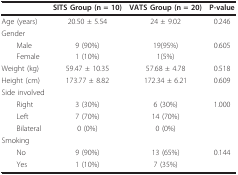
|  | SITS Group (n = 10) | VATS Group (n = 20) | P-value |
 | --- | --- | --- | --- |
 | Age (years) | 20.50 ± 5.54 | 24 ± 9.02 | 0.246 |
 | Gender |  |  |  |
 | Male | 9 (90%) | 19(95%) | 0.605 |
 | Female | 1 (10%) | 1(5%) |  |
 | Weight (kg) | 59.47 ± 10.35 | 57.68 ± 4.78 | 0.518 |
 | Height (cm) | 173.77 ± 8.82 | 172.34 ± 6.21 | 0.609 |
 | Side involved |  |  |  |
 | Right | 3 (30%) | 6 (30%) | 1.000 |
 | Left | 7 (70%) | 14 (70%) |  |
 | Bilateral | 0 (0%) | 0 (0%) |  |
 | Smoking |  |  |  |
 | No | 9 (90%) | 13 (65%) | 0.144 |
 | Yes | 1 (10%) | 7 (35%) |  |